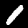
Label: 1